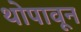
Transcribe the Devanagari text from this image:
थोपावून